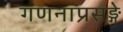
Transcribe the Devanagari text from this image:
गणनाप्रसङ्गे